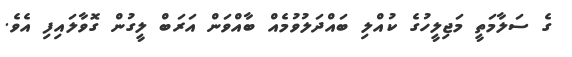
ގެ ސަލާމަތީ މަޖިލީހުގެ ކުއްލި ބައްދަލުވުމެއް ބާއްވަން އަރަބް ލީގުން ގޮވާލައިފި އެވެ.